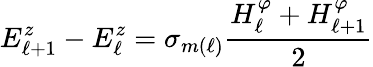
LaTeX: E_{\ell+1}^{z}-E_{\ell}^{z}=\sigma_{m(\ell)}\frac{H_{\ell}^{\varphi}+H_{\ell+1}^{\varphi}}{2}